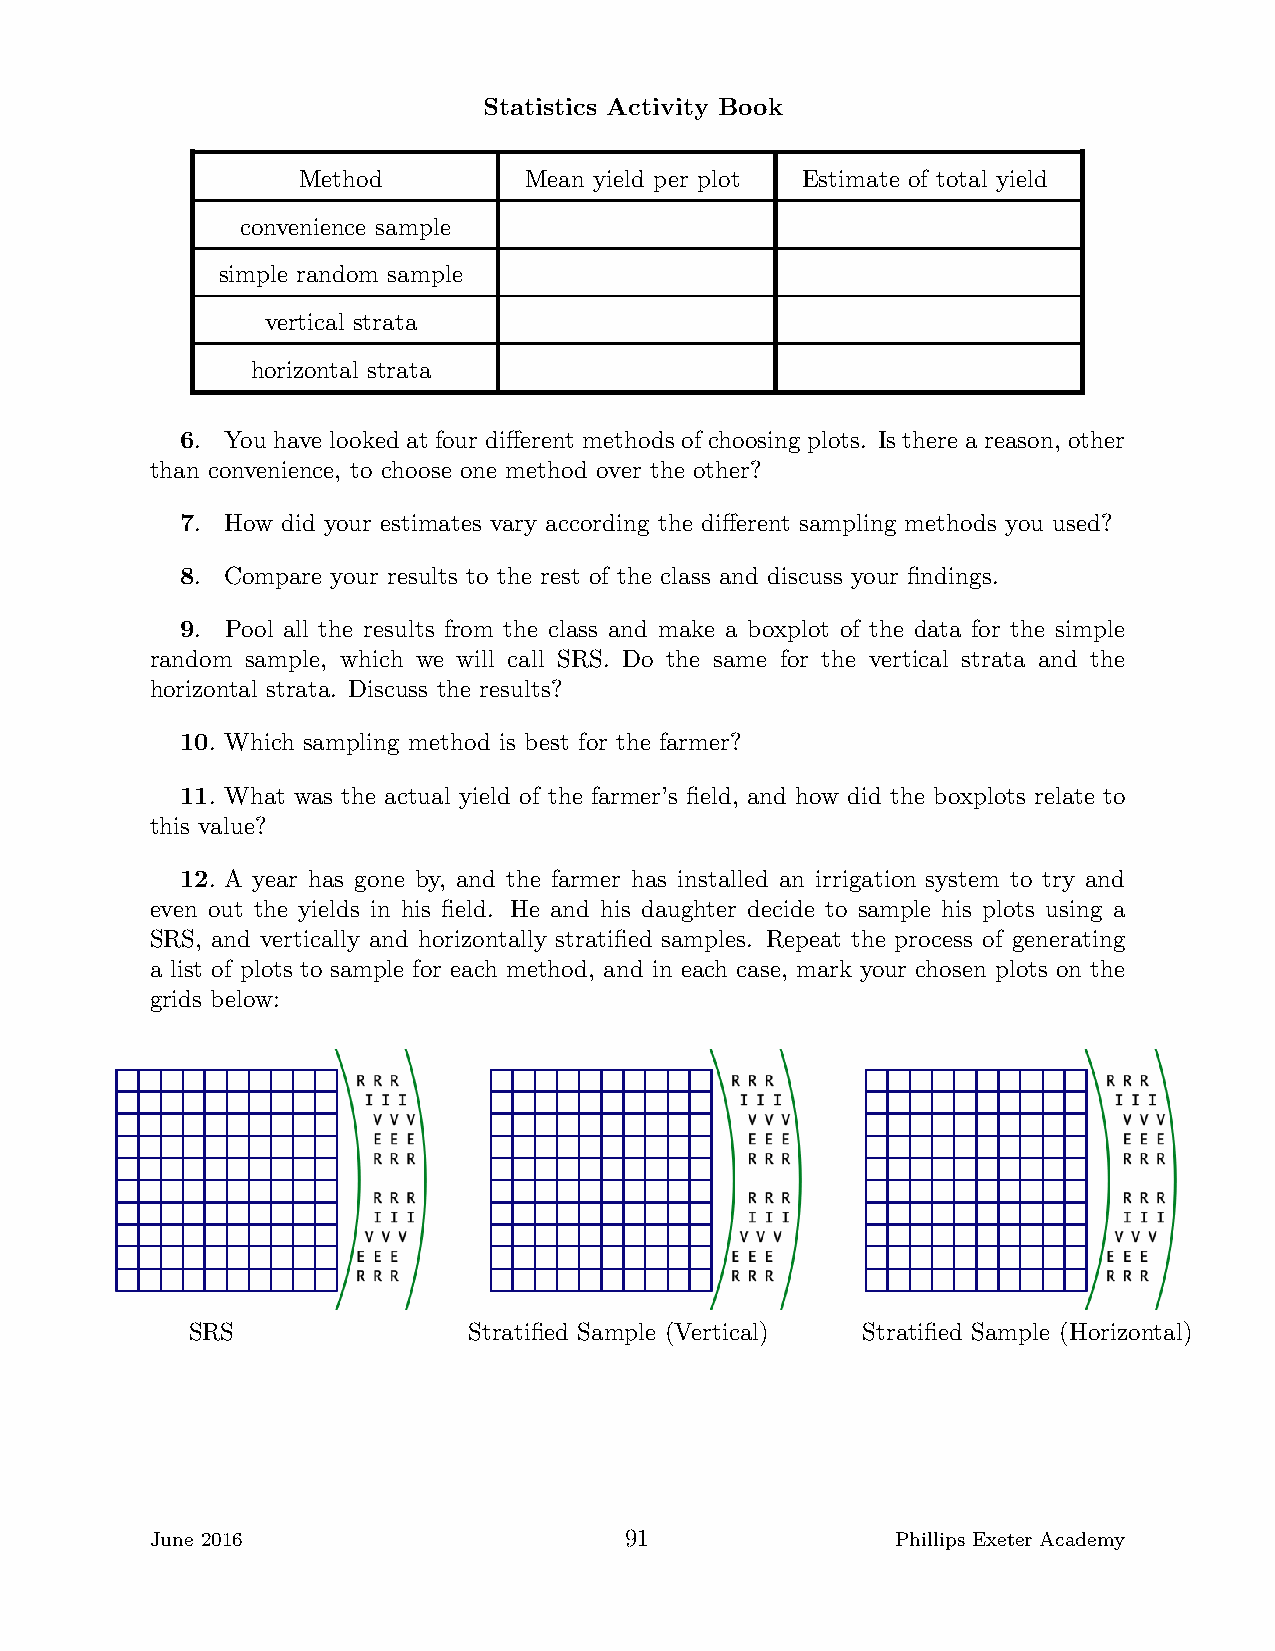
Statistics Activity Book
 Method         Mean yield per plot Estimate of total yield
 convenience sample
 simple random sample
 vertical strata
 horizontal strata
 6. You have looked at four different methods of choosing plots. Is there a reason, other
 than convenience, to choose one method over the other?
 7. How did your estimates vary according the different sampling methods you used?
 8. Compare your results to the rest of the class and discuss your findings.
 9. Pool all the results from the class and make a boxplot of the data for the simple
 random sample, which we will call SRS. Do the same for the vertical strata and the
 horizontal strata. Discuss the results?
 10. Which sampling method is best for the farmer?
 11. What was the actual yield of the farmer’s field, and how did the boxplots relate to
 this value?
 12. A year has gone by, and the farmer has installed an irrigation system to try and
 even out the yields in his field. He and his daughter decide to sample his plots using a
 SRS, and vertically and horizontally stratified samples. Repeat the process of generating
 a list of plots to sample for each method, and in each case, mark your chosen plots on the
 grids below:
 SRS               Stratified Sample (Vertical) Stratified Sample (Horizontal)
 June 2016                      91                Phillips Exeter Academy